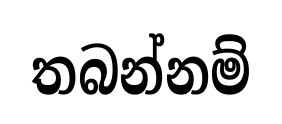
තබන්නම්